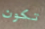
تكون